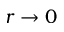
r \to 0